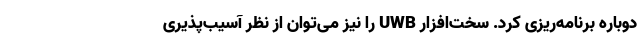
دوباره برنامه‌ریزی کرد. سخت‌افزار UWB را نیز می‌توان از نظر آسیب‌پذیری